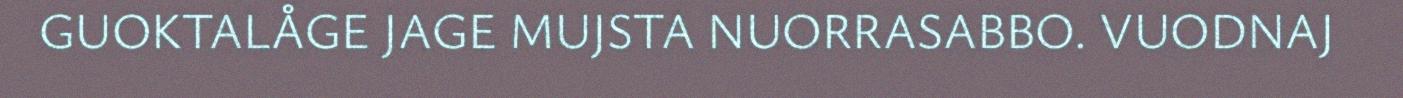
GUOKTALÅGE JAGE MUJSTA NUORRASABBO. VUODNAJ